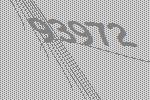
93972